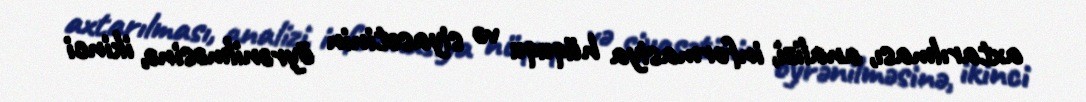
axtarılması, analizi, informasiya hüququ və siyasətinin öyrənilməsinə, ikinci